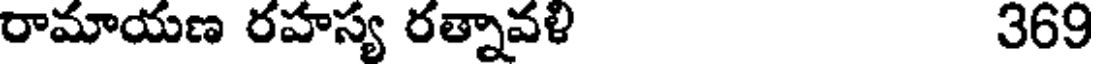
రామాయణ రహస్య రత్నావళి 369